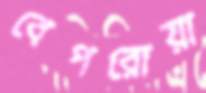
বেপরোয়া